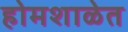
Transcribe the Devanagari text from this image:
होमशाळेत